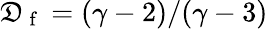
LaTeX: \mathfrak{D}_{\mathrm{{~f~}}}=(\gamma-2)/(\gamma-3)